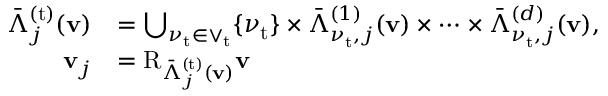
\begin{array} { r l } { \bar { \Lambda } _ { j } ^ { ( \mathrm { t } ) } ( \mathbf { v } ) } & { = \bigcup _ { \nu _ { \mathrm { t } } \in \vee _ { \mathrm { t } } } \{ \nu _ { \mathrm { t } } \} \times \bar { \Lambda } _ { \nu _ { \mathrm { t } } , j } ^ { ( 1 ) } ( \mathbf { v } ) \times \cdots \times \bar { \Lambda } _ { \nu _ { \mathrm { t } } , j } ^ { ( d ) } ( \mathbf { v } ) , } \\ { \mathbf { v } _ { j } } & { = \mathrm { R } _ { \bar { \Lambda } _ { j } ^ { ( \mathrm { t } ) } ( \mathbf { v } ) } \mathbf { v } } \end{array}